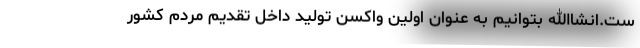
ست.انشاالله بتوانیم به عنوان اولین واکسن تولید داخل تقدیم مردم کشور